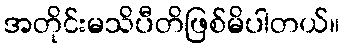
အတိုင်းမသိပီတိဖြစ်မိပါတယ်။